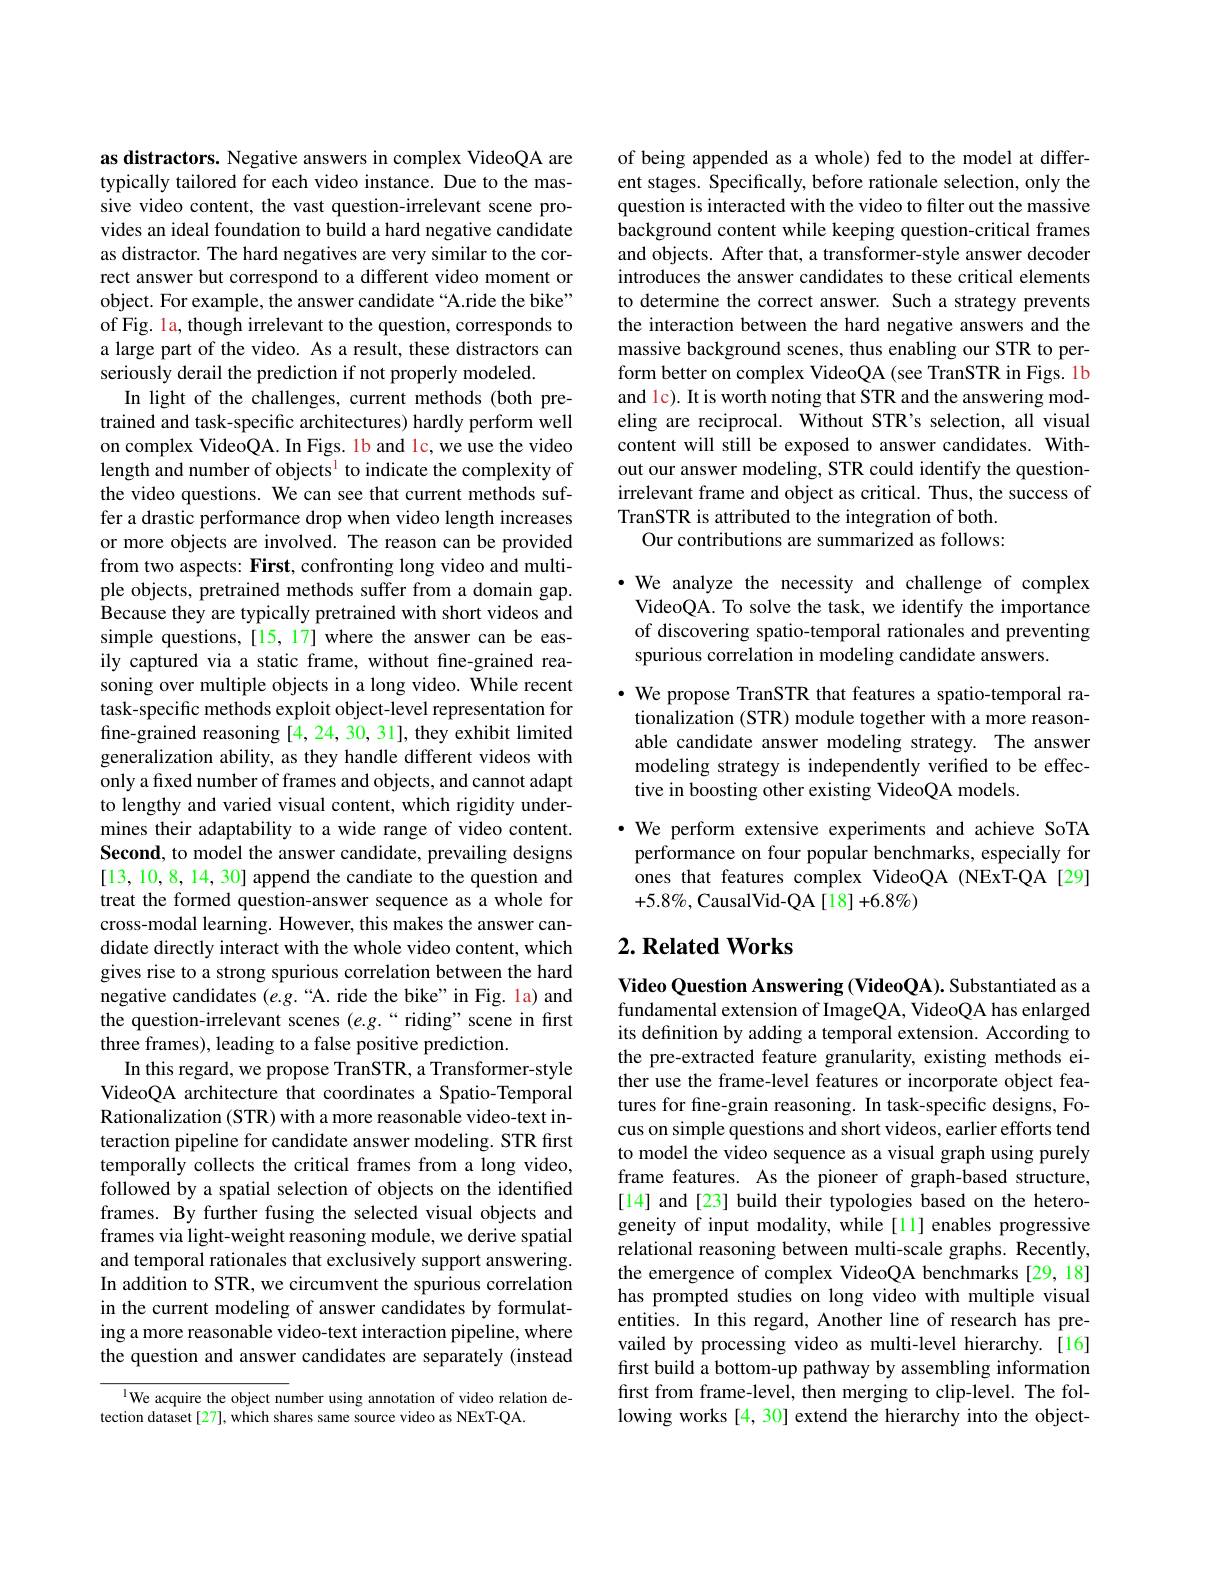
as distractors. Negative answers in complex VideoQA are typically tailored for each video instance. Due to the massive video content, the vast question-irrelevant scene provides an ideal foundation to build a hard negative candidate as distractor. The hard negatives are very similar to the correct answer but correspond to a different video moment or object. For example, the answer candidate “A.ride the bike” of Fig. la, though irrelevant to the question, corresponds to a large part of the video. As a result, these distractors can seriously derail the prediction if not properly modeled.
In light of the challenges, current methods (both pretrained and task-specific architectures) hardly perform well on complex VideoQA. In Figs. 1b and lc, we use the video length and number of objects$^1$ to indicate the complexity of the video questions. We can see that current methods suffer a drastic performance drop when video length increases or more objects are involved. The reason can be provided from two aspects: First, confronting long video and multiple objects, pretrained methods suffer from a domain gap. Because they are typically pretrained with short videos and simple questions, [15, 17] where the answer can be easily captured via a static frame, without fine-grained reasoning over multiple objects in a long video. While recent task-specific methods exploit object-level representation for fine-grained reasoning [4,24,30,31], they exhibit limited generalization ability, as they handle different videos with only a fixed number of frames and objects, and cannot adapt to lengthy and varied visual content, which rigidity undermines their adaptability to a wide range of video content. Second, to model the answer candidate, prevailing designs [13,10,8,14,30] append the candiate to the question and treat the formed question-answer sequence as a whole for cross-modal learning. However, this makes the answer candidate directly interact with the whole video content, which gives rise to a strong spurious correlation between the hard negative candidates $(e.g.“$A. ride the bike" in Fig. la) and the question-irrelevant scenes (e.g.“riding”scene in first three frames), leading to a false positive prediction.
In this regard, we propose TranSTR, a Transformer-style VideoQA architecture that coordinates a Spatio-Temporal Rationalization (STR) with a more reasonable video-text interaction pipeline for candidate answer modeling. STR first temporally collects the critical frames from a long video, followed by a spatial selection of objects on the identified frames. By further fusing the selected visual objects and frames via light-weight reasoning module, we derive spatial and temporal rationales that exclusively support answering. In addition to STR, we circumvent the spurious correlation in the current modeling of answer candidates by formulating a more reasonable video-text interaction pipeline, where the question and answer candidates are separately (instead
l We acquire the object number using annotation of video relation de-

tection dataset [27], which shares same source video as NExT-QA.

of being appended as a whole) fed to the model at different stages. Specifically, before rationale selection, only the question is interacted with the video to filter out the massive background content while keeping question-critical frames and objects. After that, a transformer-style answer decoder introduces the answer candidates to these critical elements to determine the correct answer. Such a strategy prevents the interaction between the hard negative answers and the massive background scenes, thus enabling our STR to perform better on complex VideoQA (see TranSTR in Figs. 1b and 1c). It is worth noting that STR and the answering modeling are reciprocal. Without STR's selection, all visual content will still be exposed to answer candidates. Without our answer modeling, STR could identify the questionirrelevant frame and object as critical. Thus, the success of TranSTR is attributed to the integration of both.
Our contributions are summarized as follows:

·We analyze the necessity and challenge of complex VideoQA. To solve the task, we identify the importance of discovering spatio-temporal rationales and preventing spurious correlation in modeling candidate answers.

$\cdot$ We propose TranSTR that features a spatio-temporal rationalization (STR) module together with a more reasonable candidate answer modeling strategy. The answer modeling strategy is independently verified to be effective in boosting other existing VideoQA models.

$\cdot$ We perform extensive experiments and achieve SoTA
performance on four popular benchmarks, especially for ones that features complex VideoQA (NExT-QA [29] $+5.8\%$,CausalVid-QA[18]+6.8%)

## $2. \textbf{Related Works}$

Video Question Answering (VideoQA). Substantiated as a fundamental extension of ImageQA, VideoQA has enlarged its definition by adding a temporal extension. According to the pre-extracted feature granularity, existing methods either use the frame-level features or incorporate object features for fine-grain reasoning. In task-specific designs, Focus on simple questions and short videos, earlier efforts tend to model the video sequence as a visual graph using purely frame features. As the pioneer of graph-based structure, [14] and [23] build their typologies based on the heterogeneity of input modality, while [11] enables progressive relational reasoning between multi-scale graphs. Recently, the emergence of complex VideoQA benchmarks [29,18] has prompted studies on long video with multiple visual entities. In this regard, Another line of research has prevailed by processing video as multi-level hierarchy.[16] first build a bottom-up pathway by assembling information first from frame-level, then merging to clip-level. The following works [4, 30] extend the hierarchy into the object-